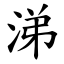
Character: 涕